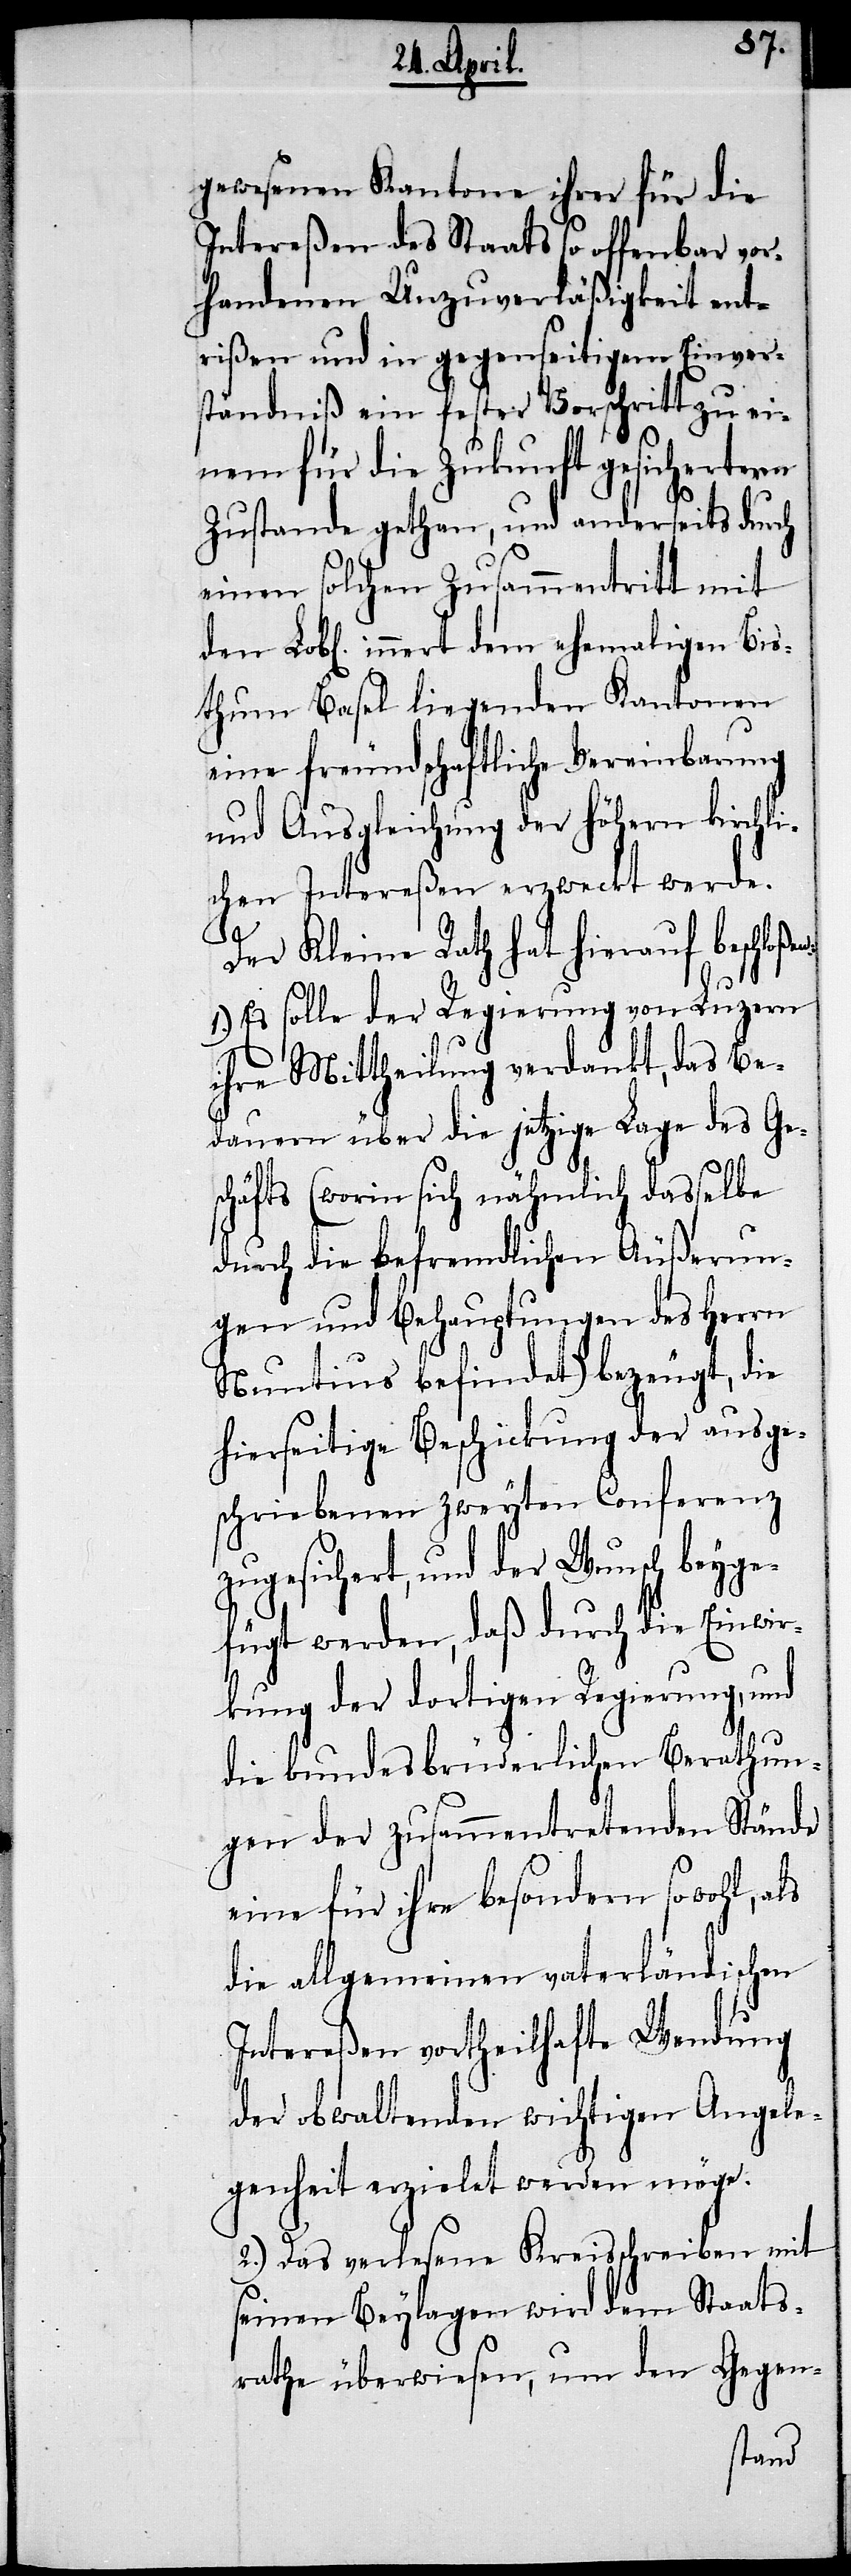
gewesenen Kantone ihrer für die
Intereßen des Staats so offenbar vor¬
handenen Unzuverläßigkeit ent¬
rißen und in gegenseitigem Einver¬
ständniß ein fester Vorschritt zu ei¬
nem für die Zukunft gesichertern
Zustande gethan, und anderseits durch
einen solchen Zusammentritt mit
innert dem ehemaligen Bis¬
thum Basel liegenden Kantonen
eine freundschaftliche Vereinbarung
und Ausgleichung der höhern kirchli¬
chen Intereßen erzweckt werde.
en:
Der Kleine Rath hat hierauf beschloß¬
1.) Es solle der Regierung von Luzern
ihre Mittheilung verdankt, das Be¬
dauern über die jetzige Lage des Ges¬
chäfts (worin sich nähmlich dasselbe
durch die befremdlichen Äußerun¬
gen und Behauptungen des Herrn
Nuntius befindet) bezeugt, die
hierseitige Beschickung der ausge¬
schriebenen zweyten Conferenz
zugesichert, und der Wunsch beyge¬
fügt werden, daß durch die Einwi¬
rkung der dortigen Regierung, und
die bundesbrüderlichen Berathun¬
gen der zusammentretenden Stände
eine für ihre besondern sowohl, als
die allgemeinen vaterländischen
Intereßen vortheilhafte Wendung
der obwaltenden wichtigen Angele¬
genheit erzielet werden möge.
2.) Das verlesene Kreisschreiben mit
seinen Beylagen wird dem Staats¬
rathe überwiesen, um den Gegen-